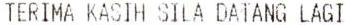
TERIMA KASIH SILA DATANG LAGI